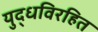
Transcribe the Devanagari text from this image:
युद्धविरहित